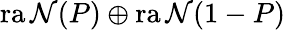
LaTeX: \operatorname{ra\mathcal{N}}(P)\oplus\operatorname{ra\mathcal{N}}(1-P)